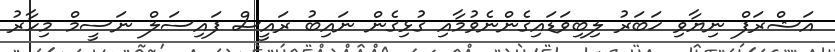
އަޝްރަފް ނިޔާވި ޚަބަރު ލިބިވަޑައިގެންނެވުމާއި ގުޅިގެން ނައިބު ރައީސް ފައިސަލް ނަސީމް މިހާރު